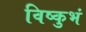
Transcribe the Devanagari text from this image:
विष्कुभं